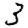
Digit: 3